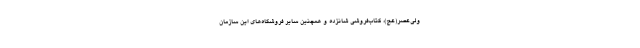
ولی‌عصر(عج)، کتاب‌فروشی شانزده و همچنین سایر فروشگاه‌های این سازمان